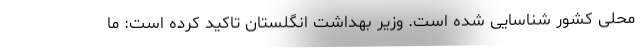
محلی کشور شناسایی شده است. وزیر بهداشت انگلستان تاکید کرده است: ما